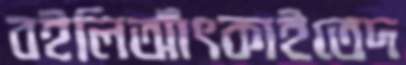
বইলিআঁৎকাইতেদ